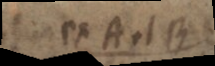
ex A et B: